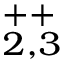
^ { + + } _ { 2 , 3 }